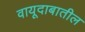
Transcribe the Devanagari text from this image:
वायूदाबातील